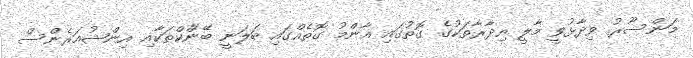
މަންސޫރު ވިދާޅުވީ މާލީ އިދާރާތަކުގެ ގޮތުގައި އާންމު ގޮތެއްގައި ބަލަނީ ބޭންކްތަކާއި އިންޝުއަރެންސް